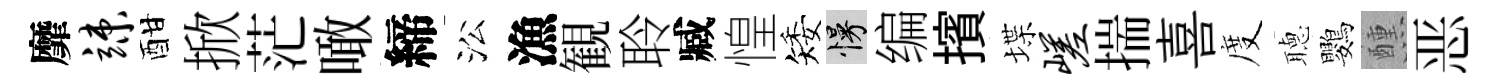
靡竦酣掀茫噉締㳂漁観聆臧惶矮慢编擯堞嵯揣喜度𦗟鸚醺恶